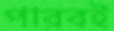
পারবই